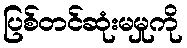
ပြစ်တင်ဆုံးမမှုကို